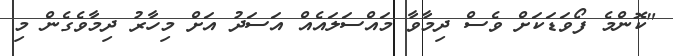
"ކޮންމެ ފޯވަޑަކަށް ވެސް ދިމާވާ މައްސަލައެއް އަސަދު އަށް މިހާރު ދިމާވެެގެން މި